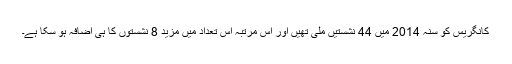
کانگریس کو سنہ 2014 میں 44 نشستیں ملی تھیں اور اس مرتبہ اس تعداد میں مزید 8 نشستوں کا ہی اضافہ ہو سکا ہے۔